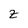
Character: z